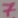
Text: 7